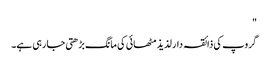
"
گروپ کی ذائقہ دار لذیذ مٹھائی کی مانگ بڑھتی جا رہی ہے۔